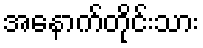
အနောက်တိုင်းသား